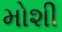
મોશી